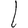
Digit: 1